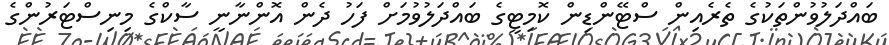
ބައްދަލުވުންތަކުގެ ތެރެއިން ސްޓޭންޑިން ކޮމިޓީގެ ބައްދަލުވުމަށް ފަހު ދެން އޮންނާނީ ސާކްގެ މިނިސްޓަރުންގެ